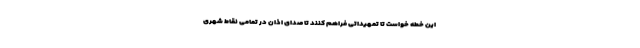
این خطه خواست تا تمهیداتی فراهم کنند تا صدای اذان در تمامی نقاط شهری